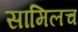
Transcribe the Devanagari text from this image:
सामिलच